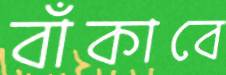
বাঁকাবে